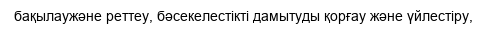
бақылаужәне реттеу, бәсекелестікті дамытуды қорғау және үйлестіру,